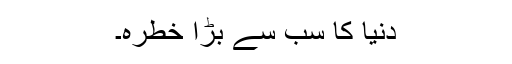
دنیا کا سب سے بڑا خطرہ۔